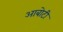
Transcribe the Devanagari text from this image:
आबोटी